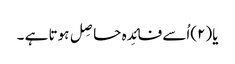
یا(۲)اُسے فائِدہ حاصِل ہوتا ہے ۔